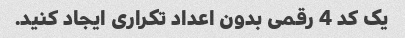
یک کد 4 رقمی بدون اعداد تکراری ایجاد کنید.